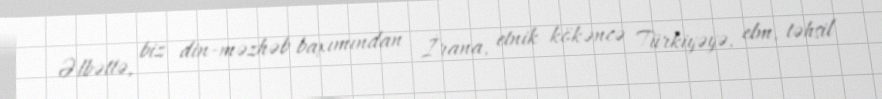
Əlbəttə, biz din-məzhəb baxımından İrana, etnik kökəncə Türkiyəyə, elm, təhsil